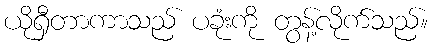
ယိုရှီတာကာသည် ပခုံးကို တွန့်လိုက်သည်။